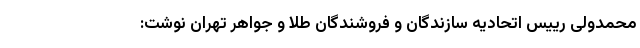
محمدولی رییس اتحادیه سازندگان و فروشندگان طلا و جواهر تهران نوشت: